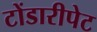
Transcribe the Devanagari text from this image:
टोंडारीपेट